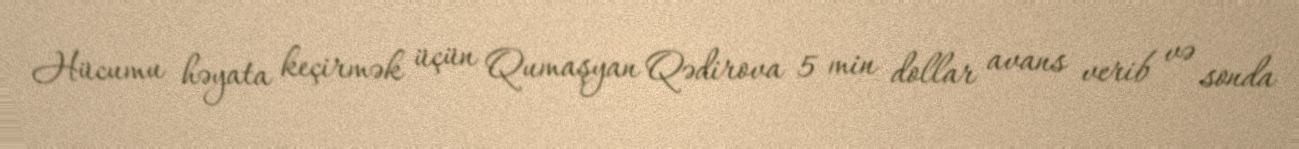
Hücumu həyata keçirmək üçün Qumaşyan Qədirova 5 min dollar avans verib və sonda